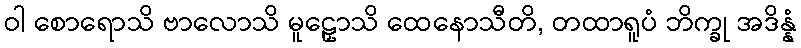
ဝါ စောရောသိ ဗာလောသိ မူဠှောသိ ထေနောသီတိ, တထာရူပံ ဘိက္ခု အဒိန္နံ